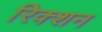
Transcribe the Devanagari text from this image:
रिक्शन